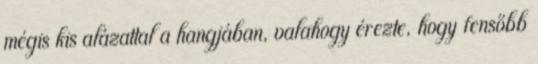
mégis kis alázattal a hangjában, valahogy érezte, hogy fensőbb